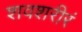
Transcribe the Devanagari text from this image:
शवशरीरं